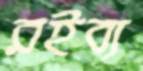
রইব্য